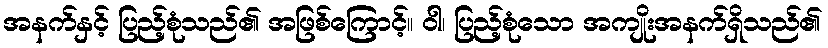
အနက်နှင့် ပြည့်စုံသည်၏ အဖြစ်ကြောင့်။ ဝါ၊ ပြည့်စုံသော အကျိုးအနက်ရှိသည်၏